Vaccine operations Central Provinces 1868-1885 - 1868-1885
Year: 1868
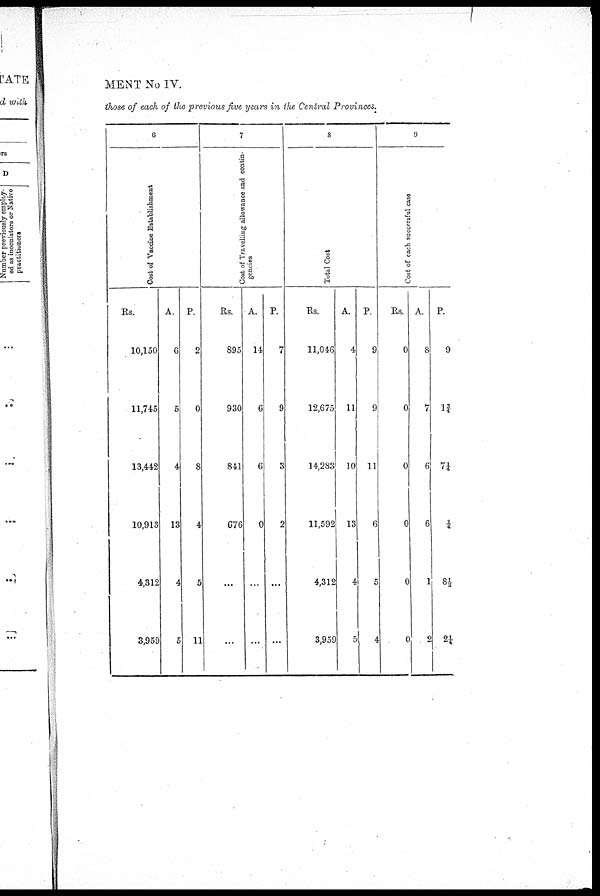
MENT No IV.
those of each of the previous five years in the Central Provinces.
6
Cost of Vaccine Establishment
Rs.
10,150
11,745
13,442
10,913
4,312
3,959
A.
6
5
4
13
4
5
P.
2
0
8
4
5
11
7
Cost of Travelling allowance and contin-
gencies
Rs.
895
930
841
676
...
...
A.
14
6
6
0
...
...
P.
7
9
3
2
...
...
8
Total Cost
Rs.
11,046
12,675
14,283
11,592
4,312
3,959
A.
4
11
10
13
4
5
P.
9
9
11
6
5
4
9
Cost of each successful case
Rs.
0
0
0
0
0
0
A.
8
7
6
6
1
2
P.
9
1¾
7¼
¼
8½
2¼